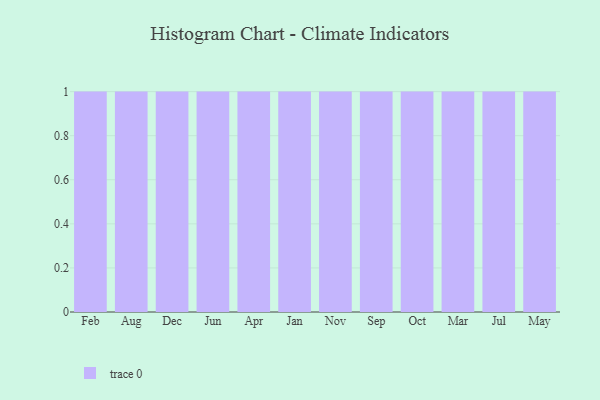
{"axis": {"x": "Month", "y": "LTV (USD)"}, "legend": [""], "data": [{"x": "Feb", "y": 75, "type": ""}, {"x": "Aug", "y": 26, "type": ""}, {"x": "Dec", "y": 10, "type": ""}, {"x": "Jun", "y": 79, "type": ""}, {"x": "Apr", "y": 44, "type": ""}, {"x": "Jan", "y": 3, "type": ""}, {"x": "Nov", "y": 86, "type": ""}, {"x": "Sep", "y": 46, "type": ""}, {"x": "Oct", "y": 73, "type": ""}, {"x": "Mar", "y": 48, "type": ""}, {"x": "Jul", "y": 76, "type": ""}, {"x": "May", "y": 66, "type": ""}]}